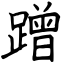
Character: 蹭